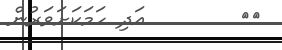
٣٤        އަދި ހަމަކަށަވަރުން